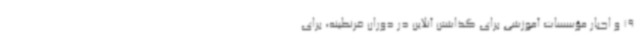
19 و اجبار مؤسسات آموزشی برای گذاشتن آنلاین در دوران قرنطینه، برای